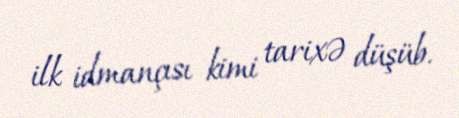
ilk idmançısı kimi tarixə düşüb.